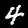
Digit: 4